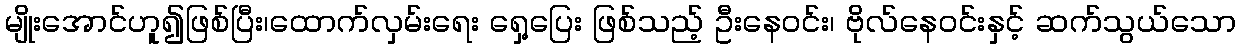
မျိုးအောင်ဟူ၍ဖြစ်ပြီး၊ထောက်လှမ်းရေး ရှေ့ပြေး ဖြစ်သည့် ဦးနေဝင်း၊ ဗိုလ်နေဝင်းနှင့် ဆက်သွယ်သော